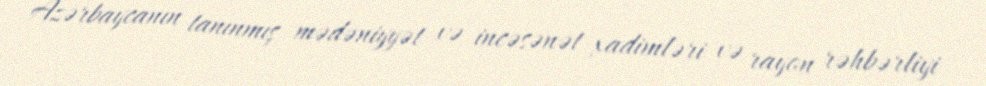
Azərbaycanın tanınmış mədəniyyət və incəsənət xadimləri və rayon rəhbərliyi